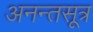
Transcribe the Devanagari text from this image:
अनन्तसूत्र